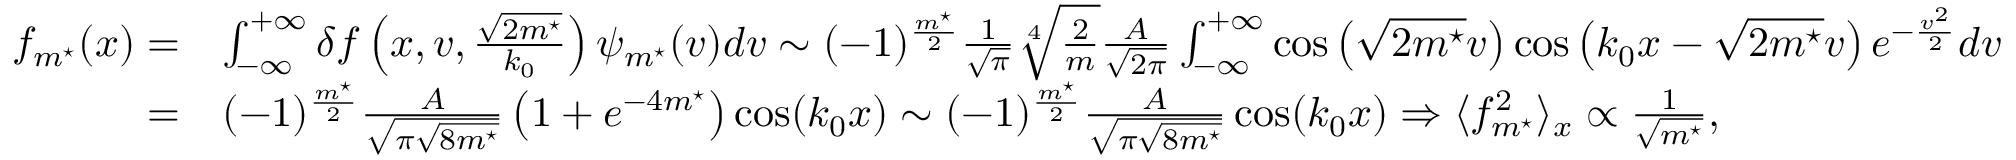
\begin{array} { r l } { f _ { m ^ { \star } } ( x ) = } & { \int _ { - \infty } ^ { + \infty } \delta f \left( x , v , \frac { \sqrt { 2 m ^ { \star } } } { k _ { 0 } } \right) \psi _ { m ^ { \star } } ( v ) d v \sim ( - 1 ) ^ { \frac { m ^ { \star } } { 2 } } \frac { 1 } { \sqrt { \pi } } \sqrt [ 4 ] { \frac { 2 } { m } } \frac { A } { \sqrt { 2 \pi } } \int _ { - \infty } ^ { + \infty } \cos \left( \sqrt { 2 m ^ { \star } } v \right) \cos \left( k _ { 0 } x - \sqrt { 2 m ^ { \star } } v \right) e ^ { - \frac { v ^ { 2 } } { 2 } } d v } \\ { = } & { ( - 1 ) ^ { \frac { m ^ { \star } } { 2 } } \frac { A } { \sqrt { \pi \sqrt { 8 m ^ { \star } } } } \left( 1 + e ^ { - 4 m ^ { \star } } \right) \cos ( k _ { 0 } x ) \sim ( - 1 ) ^ { \frac { m ^ { \star } } { 2 } } \frac { A } { \sqrt { \pi \sqrt { 8 m ^ { \star } } } } \cos ( k _ { 0 } x ) \Rightarrow \langle f _ { m ^ { \star } } ^ { 2 } \rangle _ { x } \propto \frac { 1 } { \sqrt { m ^ { \star } } } , } \end{array}